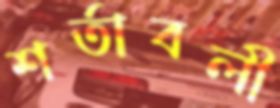
শর্তাবলী